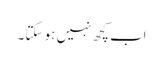
اب کچھ نہیں ہو سکتا ۔